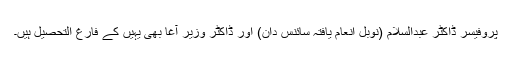
پروفیسر ڈاکٹر عبدالسلام (نوبل انعام یافتہ سائنس دان) اور ڈاکٹر وزیر آغا بھی یہیں کے فارغ التحصیل ہیں۔